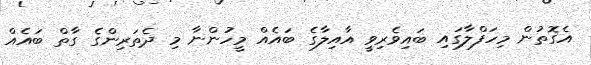
އެގޮތުން މިހަފްލާގައި ބައިވެރިވީ އާއިލާގެ ބައެއް މީހުންނާ މި ދެތަރިންގެ ގާތް ބައެއް